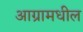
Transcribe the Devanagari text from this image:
आग्रामधील